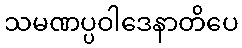
သမဏပ္ပဝါဒေနာတိပေ